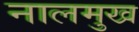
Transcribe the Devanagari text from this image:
नालमुख